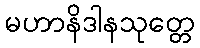
မဟာနိဒါနသုတ္တေ